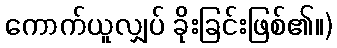
ကောက်ယူလျှပ် ခိုးခြင်းဖြစ်၏။)